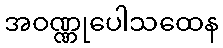
အဝဏ္ဏုပေါသထေန